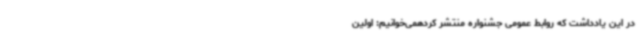
در این یادداشت که روابط عمومی جشنواره منتشر کردهمی‌خوانیم: اولین